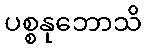
ပစ္စနုဘောသိ